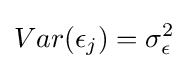
Var(\epsilon _{j})=\sigma _{\epsilon }^{2}